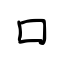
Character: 囗